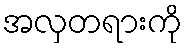
အလှတရားကို